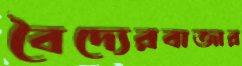
বৈদ্যেরবাজার